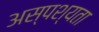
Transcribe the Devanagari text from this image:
अस्पश्यता